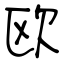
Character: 欧